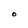
Character: O